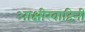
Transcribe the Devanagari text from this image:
आक्षीरवाहिनी